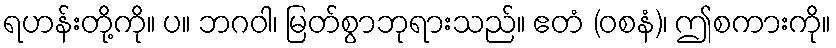
ရဟန်းတို့ကို။ ပ။ ဘဂဝါ၊ မြတ်စွာဘုရားသည်။ ဧတံ (ဝစနံ)၊ ဤစကားကို။